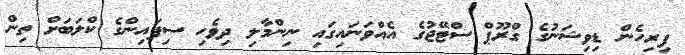
ފިރިހެން ޑިވިޝަނުގެ ގްރޫޕް ސްޓޭޖުގެ އެއްވަނައިގައި ނިންމާލި ދިވެހި ސިފައިންގެ ކްލަބަށް ތިން